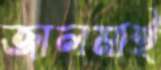
জালমাই